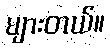
များတယ်။